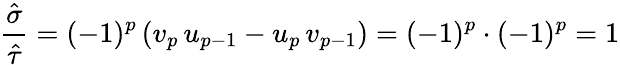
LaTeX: \frac{\hat{\sigma}}{\hat{\tau}}=(-1)^{p}\left(v_{p}\, u_{p-1}-u_{p}\, v_{p-1}\right)=(-1)^{p}\cdot(-1)^{p}=1